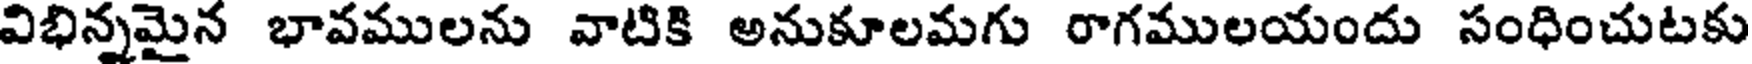
విభిన్నమైన భావములను వాటికి అనుకూలమగు రాగములయందు సంధించుటకు